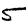
Digit: 5